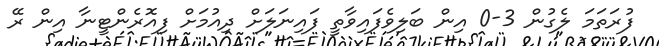
ފުރަތަމަ ލެގުން 3-0 އިން ބަލިވެފައިވާތީ ފައިނަލަށް ދިއުމަށް ފިއޮރެންޓީނާ އިން ރޭ